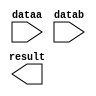
module ALU_SUB (
	dataa,
	datab,
	result);

	input	[31:0]  dataa;
	input	[31:0]  datab;
	output	[31:0]  result;

endmodule